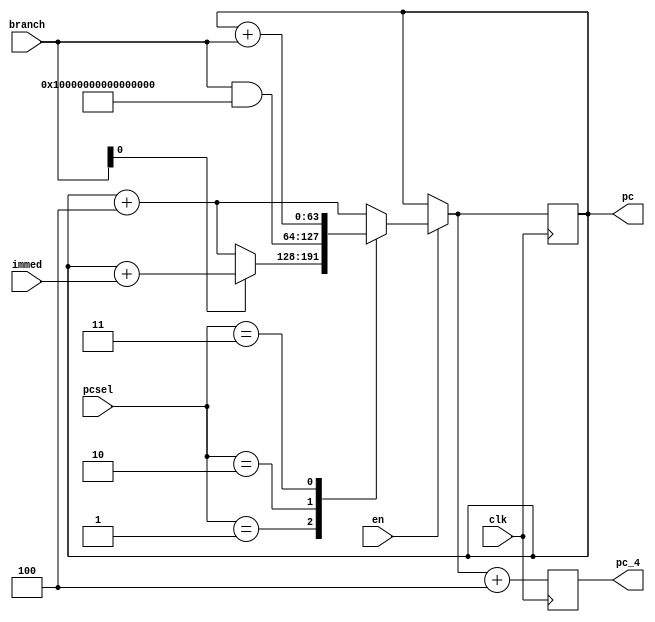
`timescale 1ns / 1ps

module PC(input clk,input en,input [1:0] pcsel,input [63:0] branch,immed,output reg [63:0] pc,output reg [63:0] pc_4);
    reg psel = 0;
    reg t1,t2,t3,t4,t5 = 0;
    reg [63:0] i,pc2;
    initial begin
        pc = -4;
    end
    always@(posedge clk ) begin
        case(pcsel)
            2'b01:begin
                if(branch[0] == 1) pc2 = pc + immed;
                else pc2 = pc + 4;
                t1 = 1;
                t2 = 0;
                t3 = 0;
                t4 = 0;
                t5 = 0;
            end
            2'b10:begin
                pc2 = branch & -2;   //JALR
                t1 = 0;
                t2 = 1;
                t3 = 0;
                t4 = 0;
                t5 = 0;
            end
            2'b11:begin
                pc2 = pc + branch;   //JAL
                t1 = 0;
                t2 = 0;
                t3 = 1;
                t4 = 0;
                t5 = 0;
            end
            default:begin
                pc2 = pc + 4;
                t1 = 0;
                t2 = 0;
                t3 = 0;
                t4 = 1;
                t5 = 0;
            end
        endcase
        if (en)
            pc = pc2;
            pc_4 = pc + 4;
            t5 = 1;
    end
endmodule